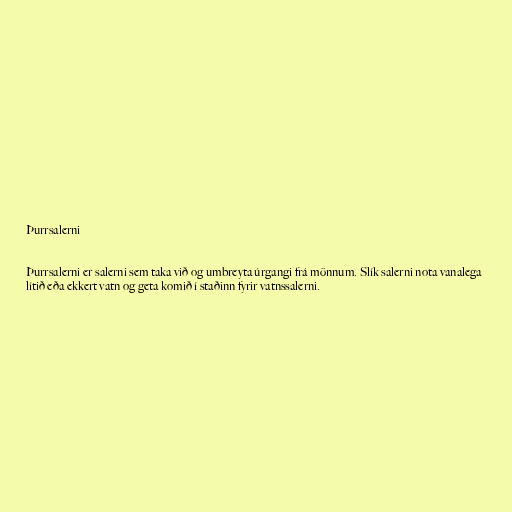
Þurrsalerni

Þurrsalerni er salerni sem taka við og umbreyta úrgangi frá mönnum. Slík salerni nota vanalega
lítið eða ekkert vatn og geta komið í staðinn fyrir vatnssalerni.